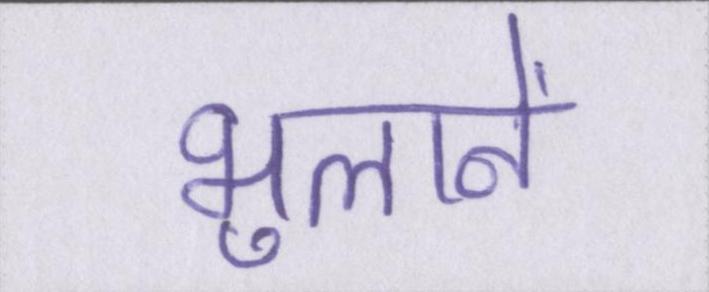
भुलाने